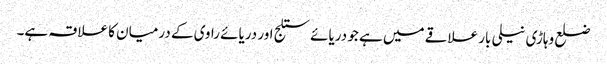
ضلع وہاڑی نیلی بار علاقے میں ہے جو دریائے ستلج اور دریائے راوی کے درمیان کا علاقہ ہے۔